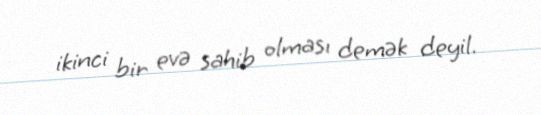
ikinci bir evə sahib olması demək deyil.